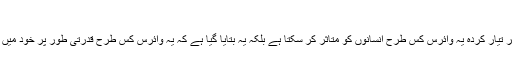
اس وائرس کا اصل شکار پرندے ہوتے رہے ہیں
ماہرین کا کہنا ہے کہ اس تحقیق میں یہ ظاہر نہیں ہے کہ مصنوعی طور پر تیار کردہ یہ وائرس کس طرح انسانوں کو متاثر کر سکتا ہے بلکہ یہ بتایا گیا ہے کہ یہ وائرس کس طرح قدرتی طور پر خود میں تبدیلیاں کر کے انسانوں کو متاثر کرنے کی صلاحیت حاصل کر سکتا ہے۔